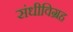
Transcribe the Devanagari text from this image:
संधीविग्रह